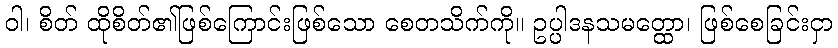
ဝါ၊ စိတ် ထိုစိတ်၏ဖြစ်ကြောင်းဖြစ်သော စေတသိက်ကို။ ဥပ္ပါဒနသမတ္ထော၊ ဖြစ်စေခြင်းငှာ